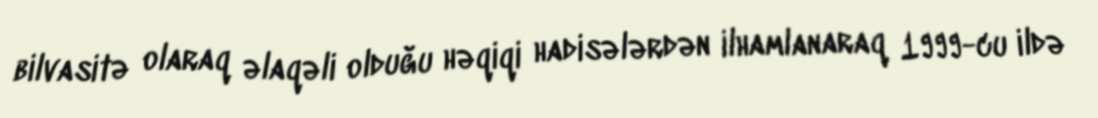
bilvasitə olaraq əlaqəli olduğu həqiqi hadisələrdən ilhamlanaraq 1999-cu ildə